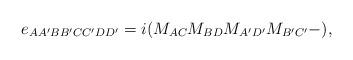
LaTeX: \begin{align*}e_{AA^{\prime }BB^{\prime }CC^{\prime }DD^{\prime}}=i(M_{AC}M_{BD}M_{A^{\prime }D^{\prime }}M_{B^{\prime }C^{\prime }}-), \end{align*}